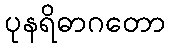
ပုနရိဓာဂတော